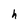
Character: h